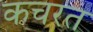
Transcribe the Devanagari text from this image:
कचरत